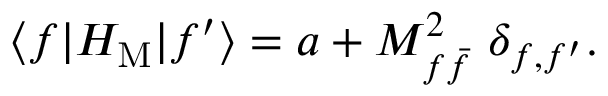
\langle f \vert H _ { \mathrm { M } } \vert f ^ { \prime } \rangle = a + M _ { f \bar { f } } ^ { 2 } \ \delta _ { f , f ^ { \prime } } .